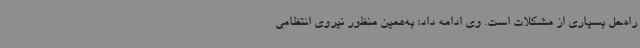
راه‌حل بسیاری از مشکلات است. وی ادامه داد: به‌همین منظور نیروی انتظامی